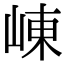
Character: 崠